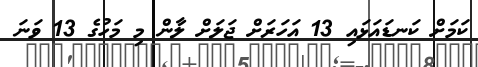
ކަމަށް ކަނޑައަޅައި 13 އަހަރަށް ޖަލަށް ލާން މި މަހުގެ 13 ވަނަ